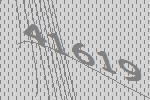
41619